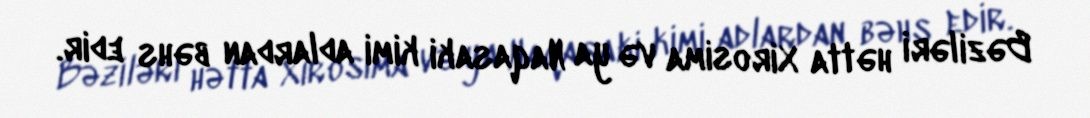
Bəziləri hətta Xirosima və ya Naqasaki kimi adlardan bəhs edir.